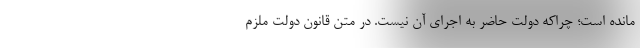
مانده است؛ چراکه دولت حاضر به اجرای آن نیست. در متن قانون دولت ملزم